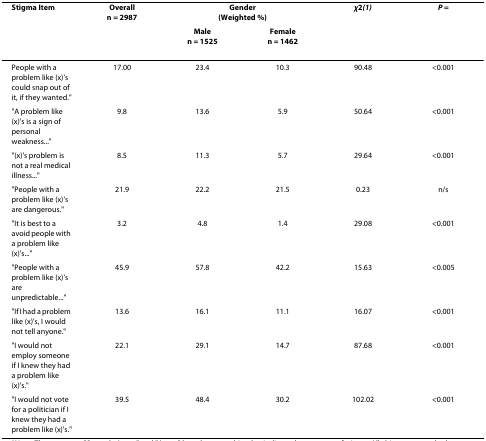
<table><thead><tr><td><b>Stigma Item</b></td><td><b>Overalln = 2987</b></td><td colspan="2"><b>Gender(Weighted %)</b></td><td><b><i>χ</i><sup>2</sup><i>(1)</i></b></td><td><b><i>P </i>=</b></td></tr><tr><td></td><td></td><td><b>Malen = 1525</b></td><td><b>Femalen = 1462</b></td><td></td><td></td></tr></thead><tbody><tr><td>People with a problem like (x)&#x27;s could snap out of it, if they wanted.&quot;</td><td>17.00</td><td>23.4</td><td>10.3</td><td>90.48</td><td>&lt;0.001</td></tr><tr><td>&quot;A problem like (x)&#x27;s is a sign of personal weakness...&quot;</td><td>9.8</td><td>13.6</td><td>5.9</td><td>50.64</td><td>&lt;0.001</td></tr><tr><td>&quot;(x)&#x27;s problem is not a real medical illness...&quot;</td><td>8.5</td><td>11.3</td><td>5.7</td><td>29.64</td><td>&lt;0.001</td></tr><tr><td>&quot;People with a problem like (x)&#x27;s are dangerous.&quot;</td><td>21.9</td><td>22.2</td><td>21.5</td><td>0.23</td><td>n/s</td></tr><tr><td>&quot;It is best to a avoid people with a problem like (x)&#x27;s...&quot;</td><td>3.2</td><td>4.8</td><td>1.4</td><td>29.08</td><td>&lt;0.001</td></tr><tr><td>&quot;People with a problem like (x)&#x27;s are unpredictable...&quot;</td><td>45.9</td><td>57.8</td><td>42.2</td><td>15.63</td><td>&lt;0.005</td></tr><tr><td>&quot;If I had a problem like (x)&#x27;s, I would not tell anyone.&quot;</td><td>13.6</td><td>16.1</td><td>11.1</td><td>16.07</td><td>&lt;0.001</td></tr><tr><td>&quot;I would not employ someone if I knew they had a problem like (x)&#x27;s.&quot;</td><td>22.1</td><td>29.1</td><td>14.7</td><td>87.68</td><td>&lt;0.001</td></tr><tr><td>&quot;I would not vote for a politician if I knew they had a problem like (x)&#x27;s.&quot;</td><td>39.5</td><td>48.4</td><td>30.2</td><td>102.02</td><td>&lt;0.001</td></tr></tbody></table>